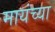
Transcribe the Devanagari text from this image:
मायंच्या